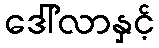
ဒေါ်လာနှင့်